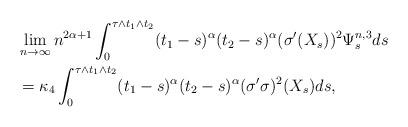
LaTeX: \begin{align*} & \lim_{n\rightarrow \infty} n^{2\alpha+1} \int_0^{\tau \wedge t_1 \wedge t_2 } (t_1-s)^{\alpha} (t_2-s)^{\alpha} (\sigma'(X_s))^2 \Psi^{n,3}_s ds\\ & =\kappa_4 \int_0^{\tau \wedge t_1 \wedge t_2 } (t_1-s)^{\alpha} (t_2-s)^{\alpha}(\sigma'\sigma)^2(X_s) ds, \end{align*}